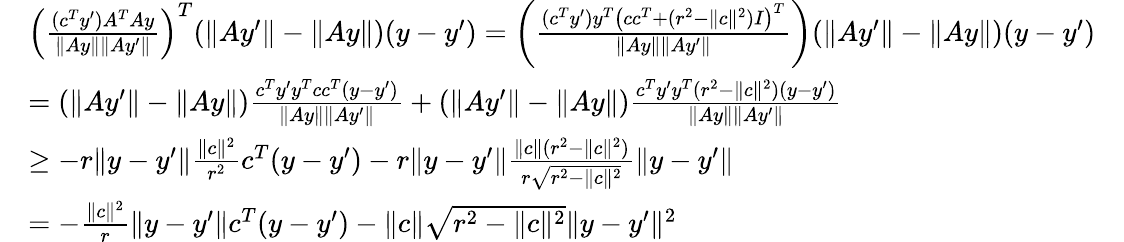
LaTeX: \begin{array}{rlr}&{\left(\frac{(c^{T}y^{\prime})A^{T}Ay}{\| Ay\| \| Ay^{\prime}\| }\right)^{T}(\| Ay^{\prime}\| -\| Ay\| )(y-y^{\prime})=\left(\frac{(c^{T}y^{\prime})y^{T}\left(cc^{T}+(r^{2}-\| c\| ^{2})I\right)^{T}}{\| Ay\| \| Ay^{\prime}\| }\right)(\| Ay^{\prime}\| -\| Ay\| )(y-y^{\prime})}\\ &{=(\| Ay^{\prime}\| -\| Ay\| )\frac{c^{T}y^{\prime}y^{T}cc^{T}(y-y^{\prime})}{\| Ay\| \| Ay^{\prime}\| }+(\| Ay^{\prime}\| -\| Ay\| )\frac{c^{T}y^{\prime}y^{T}(r^{2}-\| c\| ^{2})(y-y^{\prime})}{\| Ay\| \| Ay^{\prime}\| }}\\ &{\geq-r\| y-y^{\prime}\| \frac{\| c\| ^{2}}{r^{2}}c^{T}(y-y^{\prime})-r\| y-y^{\prime}\| \frac{\| c\| (r^{2}-\| c\| ^{2})}{r\sqrt{r^{2}-\| c\| ^{2}}}\| y-y^{\prime}\| }\\ &{=-\frac{\| c\| ^{2}}{r}\| y-y^{\prime}\| c^{T}(y-y^{\prime})-\| c\| \sqrt{r^{2}-\| c\| ^{2}}\| y-y^{\prime}\| ^{2}}&\end{array}